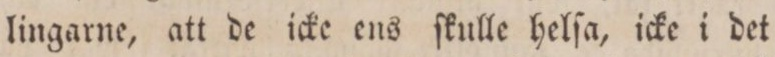
lingarne, att de icke ens ſkulle helſa, icke i det